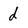
Character: d